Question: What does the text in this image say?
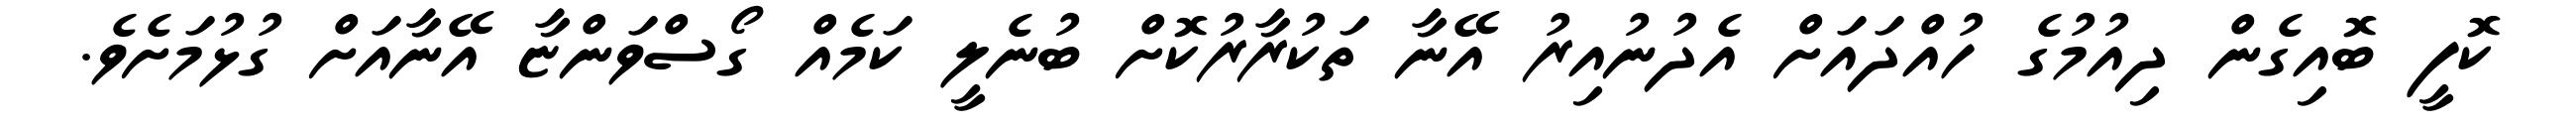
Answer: ކޮފީ ބޮއިގެން ދިއުމުގެ ހުއްދައަށް އެދުނުއިރު އޭނާ ތަކުރާރުކޮށް ބުނެލީ ކަމެއް ގޯސްވަންޏާ އޭނާއަށް ގުޅުމަށެވެ.